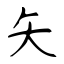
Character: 矢